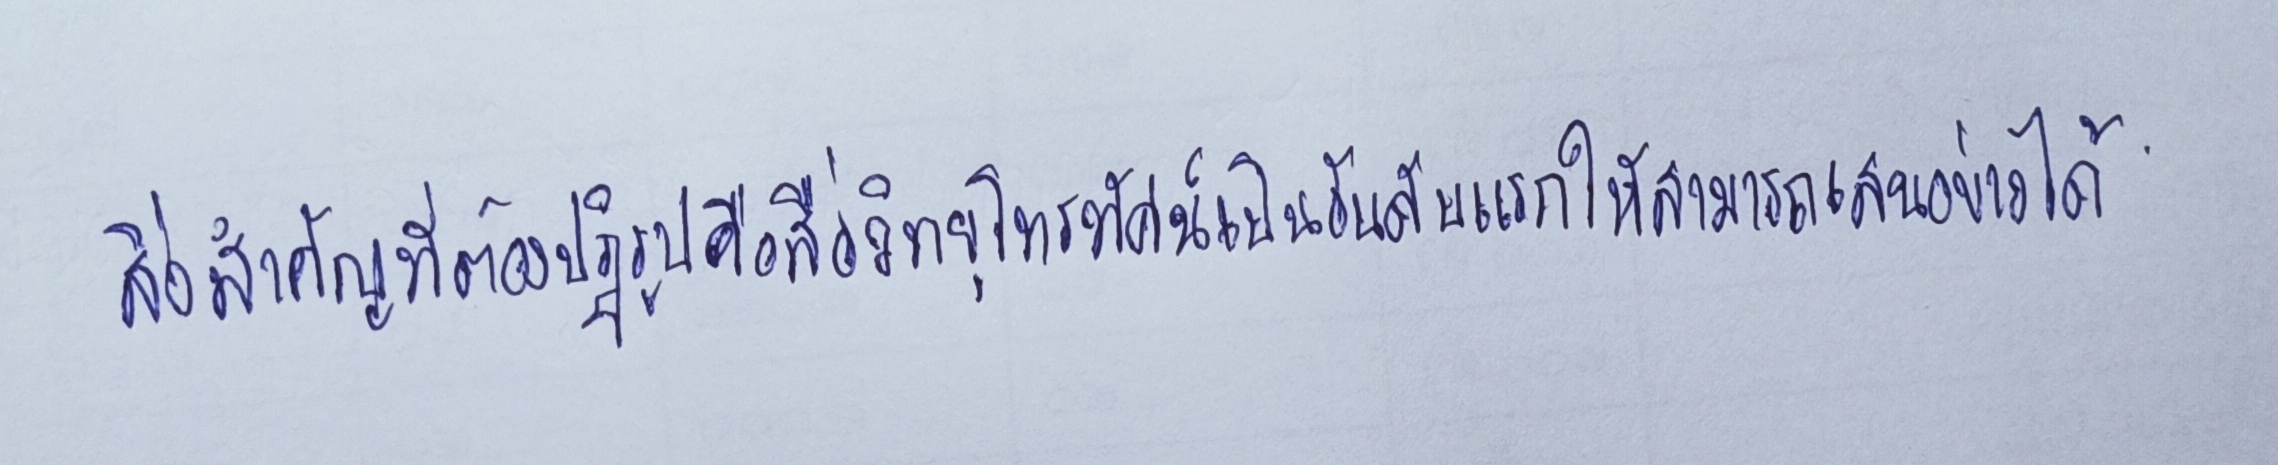
สิ่งสำคัญที่ต้องปฏิรูปคือสื่อวิทยุ-โทรทัศน์เป็นอันดับแรกให้สามารถเสนอข่าวได้